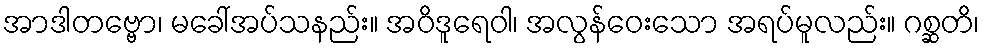
အာဒါတဗ္ဗော၊ မခေါ်အပ်သနည်း။ အဝိဒူရေဝါ၊ အလွန်ဝေးသော အရပ်မူလည်း။ ဂစ္ဆတိ၊